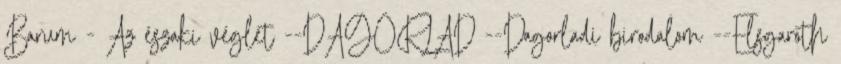
Barum - Az északi véglet --DAGORLAD --Dagorladi birodalom --Elsgaroth